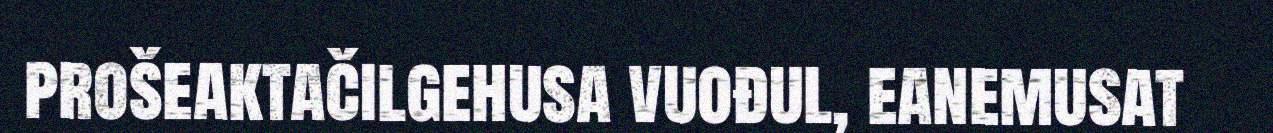
prošeaktačilgehusa vuođul, eanemusat